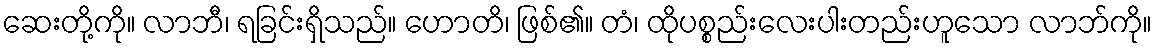
ဆေးတို့ကို။ လာဘီ၊ ရခြင်းရှိသည်။ ဟောတိ၊ ဖြစ်၏။ တံ၊ ထိုပစ္စည်းလေးပါးတည်းဟူသော လာဘ်ကို။